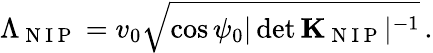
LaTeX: \Lambda_{\mathrm{~N~I~P~}}=v_{0}\sqrt{\cos\psi_{0}|\operatorname*{det}{\mathbf K}_{\mathrm{~N~I~P~}}|^{-1}}\, .